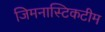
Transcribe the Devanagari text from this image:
जिमनास्टिकटीम